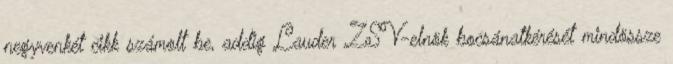
negyvenkét cikk számolt be, addig Lauder ZSV-elnök bocsánatkérését mindössze